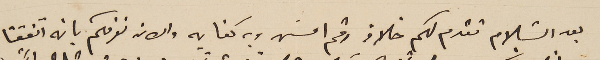
بعد السَلام تقدم لكم خلاف رقم امسَ وبه كفايه والان نعرفكم بانه اتفقنا